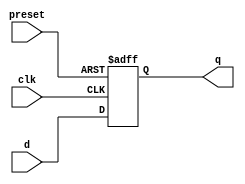
module dff_async_preset (
    input wire clk,
    input wire preset,
    input wire d,
    output reg q
);

always @(posedge clk or posedge preset)
begin
    if (preset)
        q <= 1'b1;  // Set to preset value
    else
        q <= d;  // Retain current state
end

endmodule